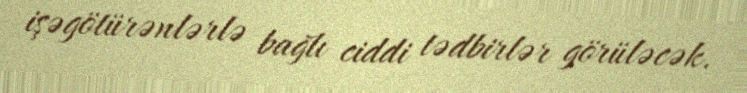
işəgötürənlərlə bağlı ciddi tədbirlər görüləcək.